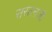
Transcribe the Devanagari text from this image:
सरतनजी